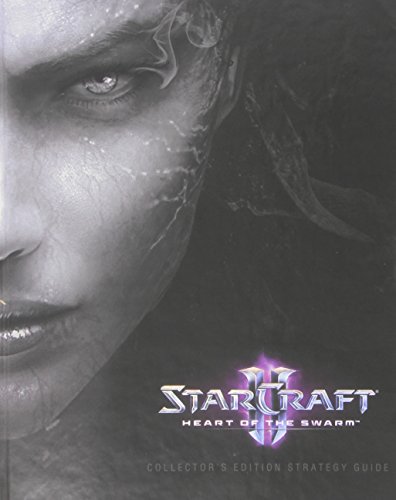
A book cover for StarCraft II:  Heart of the Swarm Collector's Edition Strategy Guide; BradyGames; Computers & Technology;